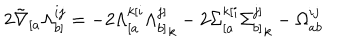
LaTeX: 2 \tilde { \nabla } _ { [ a } \Lambda _ { b ] } ^ { i j } = - 2 \Lambda _ { [ a } ^ { k [ i } { \Lambda _ { b ] } ^ { j ] } } _ { k } - 2 { \Sigma _ { [ a } ^ { k [ i } } { \Sigma _ { b ] } ^ { j ] } } _ { k } - \Omega _ { a b } ^ { i j }